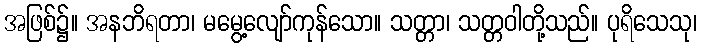
အဖြစ်၌။ အနဘိရတာ၊ မမွေ့လျော်ကုန်သော။ သတ္တာ၊ သတ္တဝါတို့သည်။ ပုရိသေသု၊